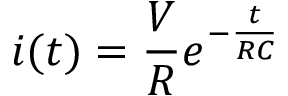
i ( t ) = \frac { V } { R } e ^ { - \frac { t } { R C } }